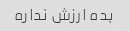
بده ارزش نداره